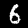
Digit: 6